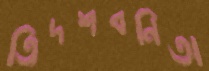
ত্রিদশবনিতা